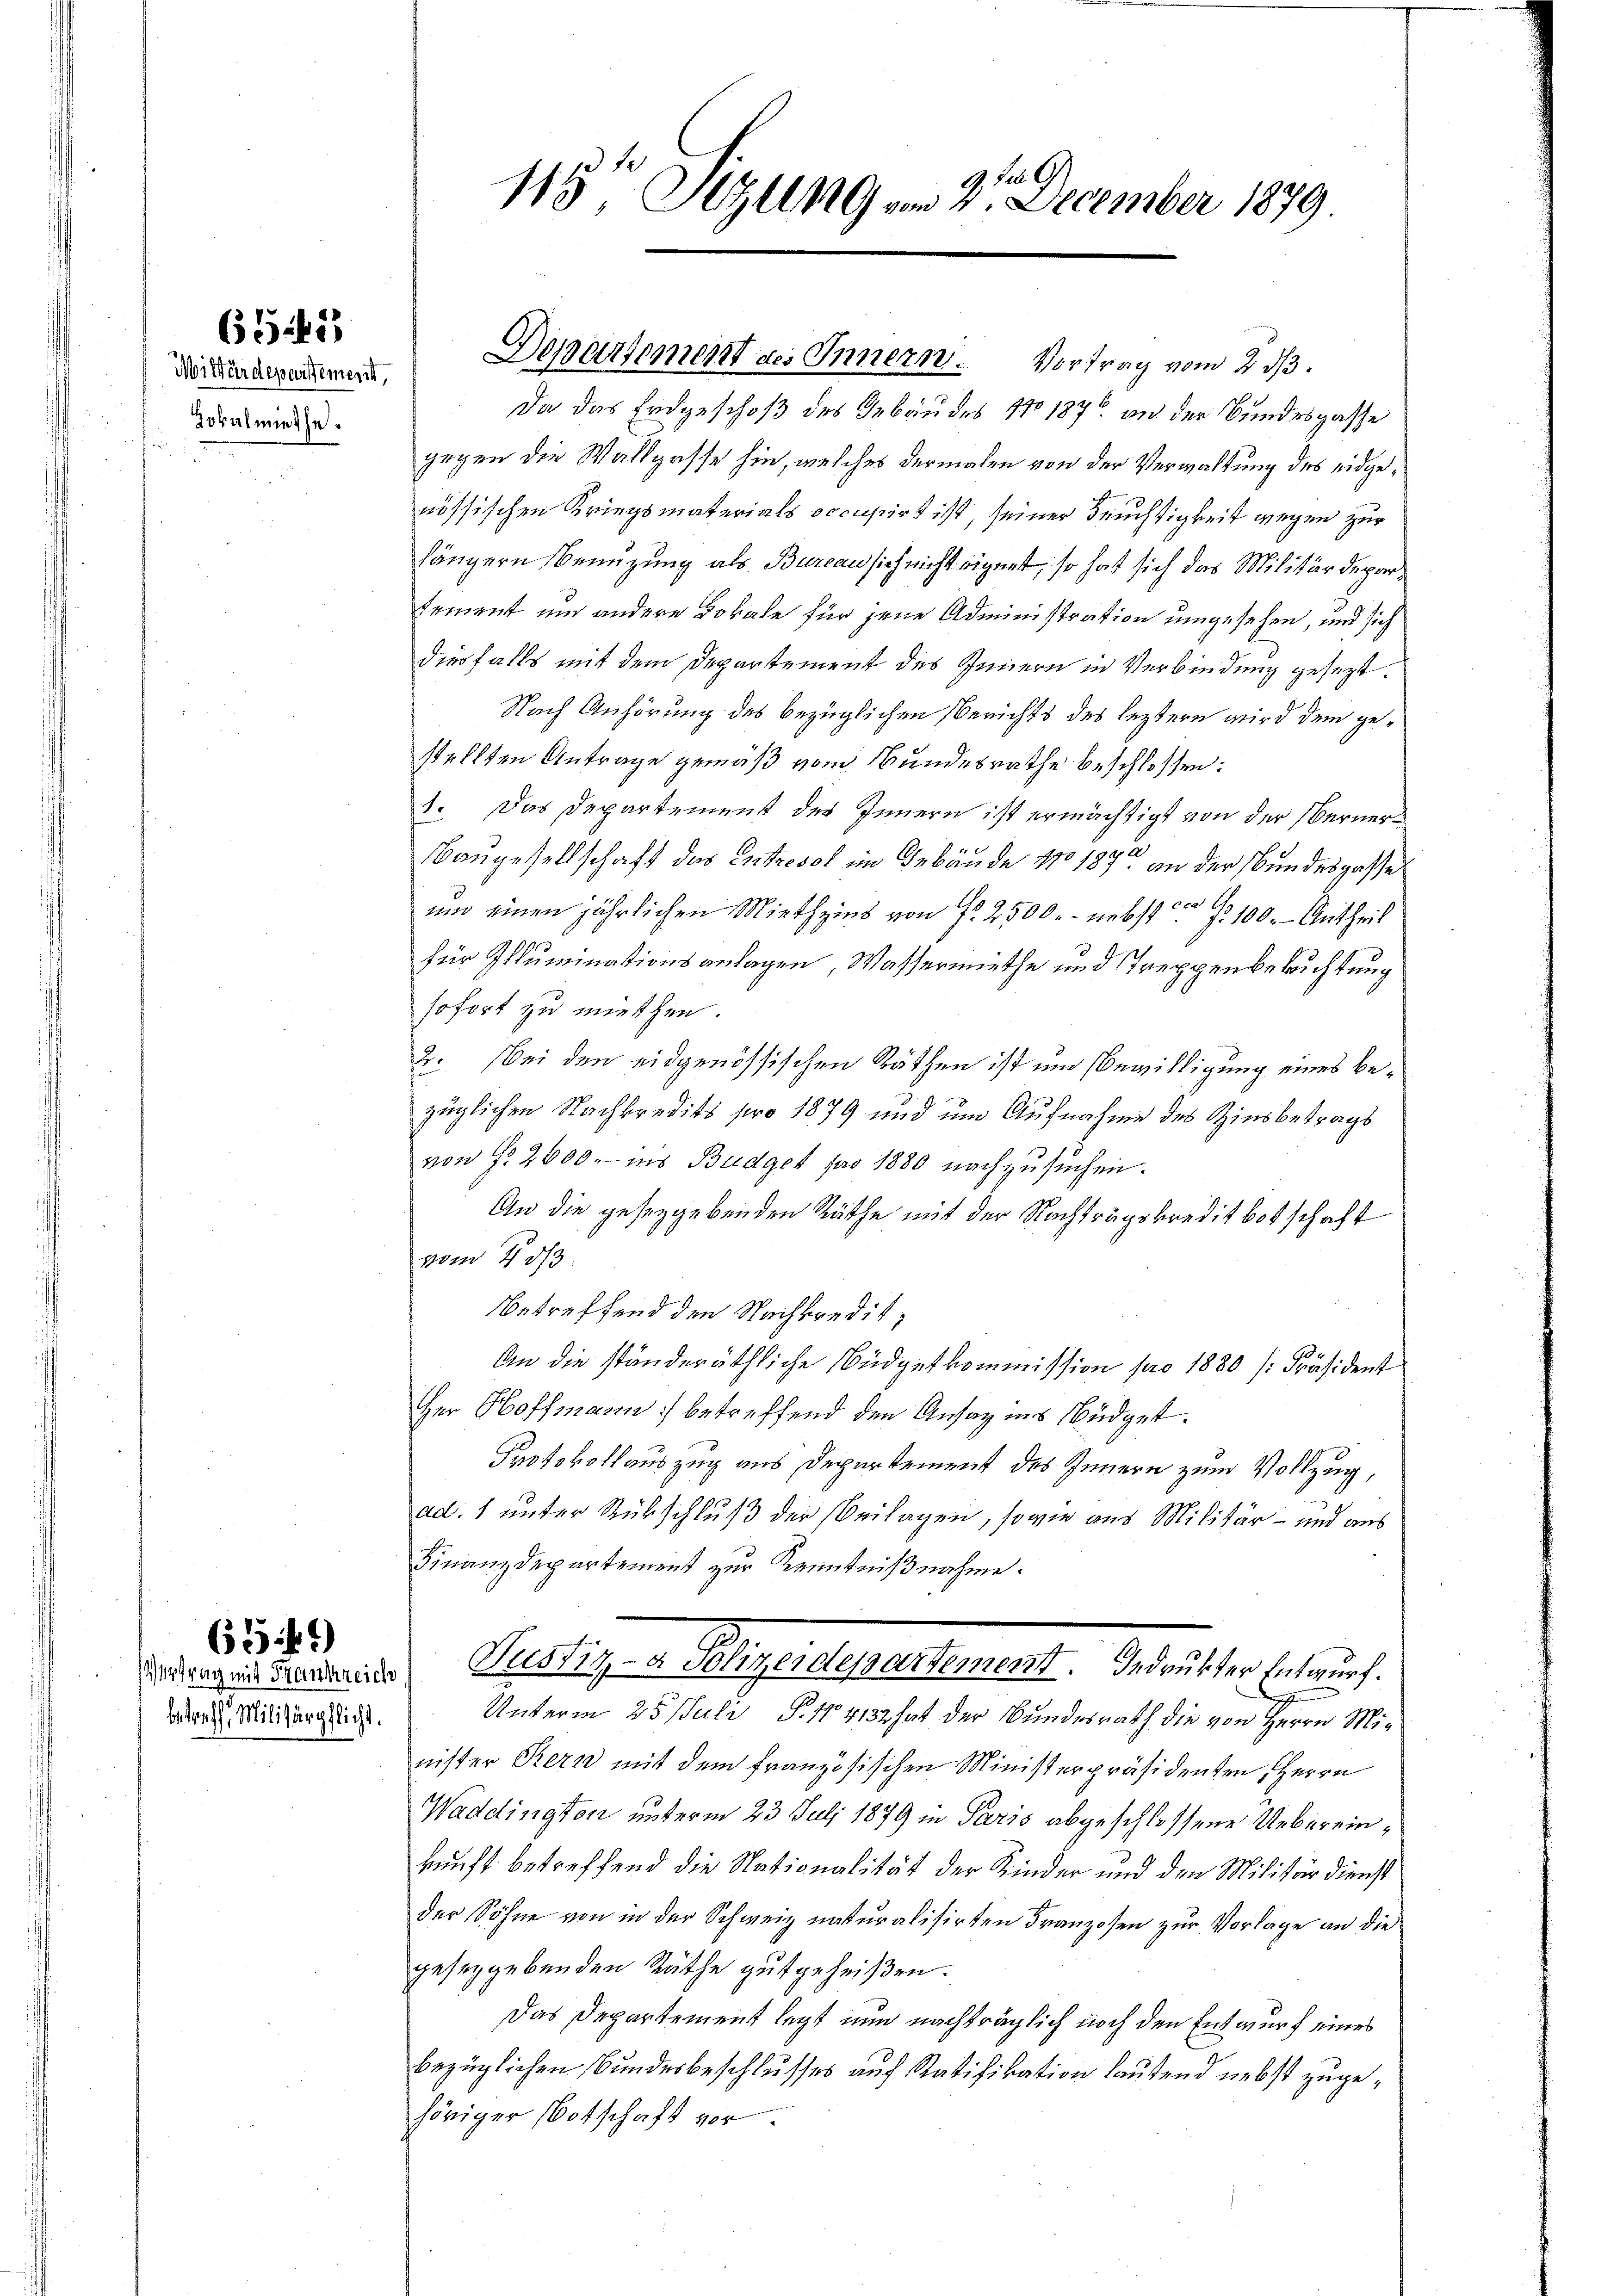
6545

Miwärdepartement,
Lokalmiethe.

betreff Militärpflicht.

634)

9 die G
115 Styllng vom 2. December 1879.

Departement des Innern. Vortrag vom 2. dβ.

Da das Endgeschoß des Gebäudes No 1876 an der Bundesgasse
gegen die Wallgasse hin, welches dermalen von der Verwaltung des eidgenössischen Kriegsmaterials occupirt ist, seiner Früchtigkeit wegen zur
längern Benuzung als Bureau sich nicht eignet, so hat sich das Militärdepartement und andere Lokale für jene Administration umgesehen, und sich
diesfalls mit dem Departement des Innern in Verbindung gesezt.
Nach Anhörung des bezüglichen Berichts des leztern wird dem gestellten Antrage gemäß vom Bundesrathe beschlossen:
1. Das Departement des Innern ist ermächtigt von der Verner¬
Baugesellschaft das Entresol im Gebäude No 1873 an der Bundesgasse
um einen jährlichen Miethzins von fr. 2500.- nebst § 100. - Antheil
für Illuminationsanlagen, Wassermiethe und Treppenbelachtung
sofort zu miethen.
2. bei den eidgenössischen Räthen ist um Bewilligung eines bezüglichen Nachkredits pro 1879 und um Aufnahme des Zinsbetrags
von G. 2600. ins Budget pro 1880 nachzusuchen.
An die gesetzgebenden Räthe mit der Nachträgskredit botschaft
vom 403.
betreffend den Nachkredit,
An die ständeräthliche Büdgetkommission pro 1880 [Präsident
Her Hoffmann) betreffend den Ansag ins Büdget.
Protokollauszug aus Departement des Innern zum Vollzug,
ad. 1 unter Rückschluß der Beilagen, sowie aus Militär- und aus
Finanzdepartement zur Kenntnißnahme.
Vertrages uns der Liestiz- u. Regendepartement. Der ritter Entwurf.
d
Unterm 25. Juli P. Nr. 4132 hat der Bundesrath die von Herrn Minister Bern mit dem französischen Ministerpräsidenten, Herrn
Waddington unterm 23. Juli 1879 in Paris abgeschlossene Uebereinkunft betreffend die Nationalität der Kinder und den Militärdienst
der Söhne von in der Schweiz naturalisirten Franzosen zur Vorlage an die
geseggebenden Räthe gutgeheißen.
Das Departement legt nun nachträglich noch den Entwurf eines
bezüglichen Bundesbeschlusses auf Ratifikation lautend nebst zugehöriger Botschaft vor.